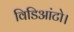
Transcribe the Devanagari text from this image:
विडिआंटो।